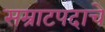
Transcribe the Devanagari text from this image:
सम्राटपदाचे